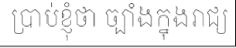
ប្រាប់ខ្ញុំថា ច្បាំងក្នុងរាជ្យ